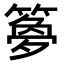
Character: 𫂝